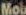
Mob